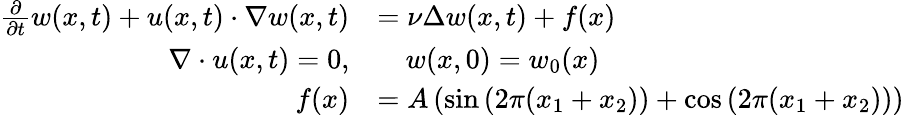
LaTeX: \begin{array}{rl}{\frac{\partial}{\partial t}w(x,t)+u(x,t)\cdot\nabla w(x,t)}&{=\nu\Delta w(x,t)+f(x)}\\ {\nabla\cdot u(x,t)=0,}&{\quad w(x,0)=w_{0}(x)}\\ {f(x)}&{=A\left(\sin\left(2\pi(x_{1}+x_{2})\right)+\cos\left(2\pi(x_{1}+x_{2})\right)\right)}\end{array}